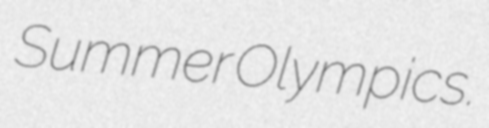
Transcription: Summer Olympics.